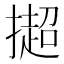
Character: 𢵒